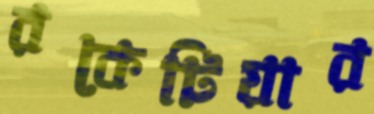
রকেটিয়ার